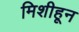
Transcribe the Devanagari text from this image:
मिशीहून